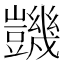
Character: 𧰙